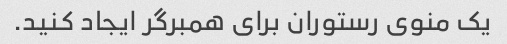
یک منوی رستوران برای همبرگر ایجاد کنید.